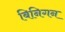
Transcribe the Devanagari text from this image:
बिनिगन